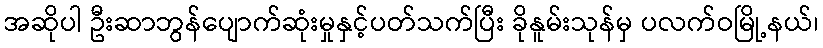
အဆိုပါ ဦးဆာဘွန်ပျောက်ဆုံးမှုနှင့်ပတ်သက်ပြီး ခိုနူမ်းသုန်မှ ပလက်ဝမြို့နယ်၊